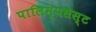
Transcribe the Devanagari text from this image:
पालिम्पसेस्ट